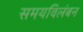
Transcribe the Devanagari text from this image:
समयविलंबन